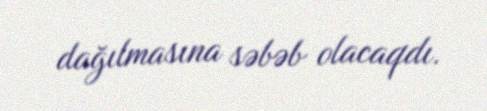
dağılmasına səbəb olacaqdı.